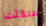
اعتقلت